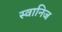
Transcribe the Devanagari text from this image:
स्वानिज